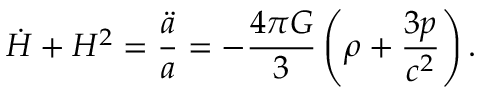
{ \dot { H } } + H ^ { 2 } = { \frac { \ddot { a } } { a } } = - { \frac { 4 \pi G } { 3 } } \left( \rho + { \frac { 3 p } { c ^ { 2 } } } \right) .